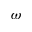
\omega